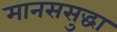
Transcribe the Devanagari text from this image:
मानससुद्धा